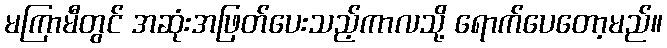
မကြာမီတွင် အဆုံးအဖြတ်ပေးသည့်ကာလသို့ ရောက်ပေတော့မည်။